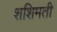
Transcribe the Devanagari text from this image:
शशिमती